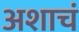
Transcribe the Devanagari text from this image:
अशाचं